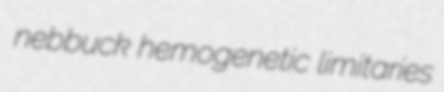
nebbuck hemogenetic limitaries